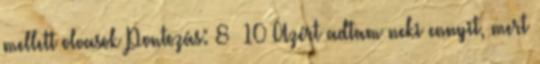
mellett olvasok Pontozás: 8 10 Azért adtam neki ennyit, mert